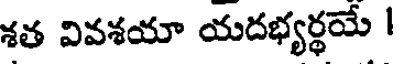
శత వివశయా యదభ్యర్థయే |